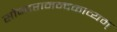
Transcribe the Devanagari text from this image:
सौन्दरानन्दकाव्यम्